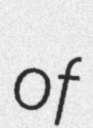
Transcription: of